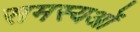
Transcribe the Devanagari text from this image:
समस्यओं